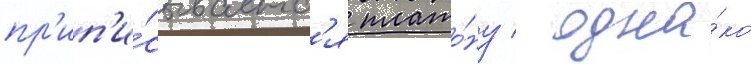
пр'ип'и́сываетс'я плато́ну / одна́ко